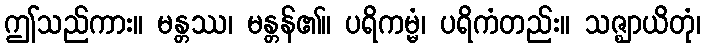
ဤသည်ကား။ မန္တဿ၊ မန္တန်၏။ ပရိကမ္မံ၊ ပရိကံတည်း။ သဇ္ဈာယိတုံ၊